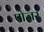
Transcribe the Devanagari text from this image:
पोजर